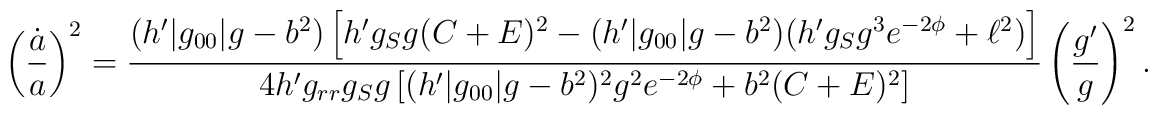
\left({{\dot{a}}\over a}\right)^2={{(h^{\prime}|g_{00}|g-b^2)\left[h^{\prime}g_Sg(C+E)^2-(h^{\prime}|g_{00}|g-b^2)(h^{\prime}g_Sg^3e^{-2\phi}+\ell^2)\right]}\over{4h^{\prime}g_{rr}g_Sg\left[(h^{\prime}|g_{00}|g-b^2)^2g^2e^{-2\phi}+b^2(C+E)^2\right]}}\left({{g^{\prime}}\over g}\right)^2.